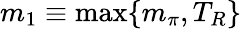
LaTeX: m_{1}\equiv\operatorname*{max}\{ m_{\pi},T_{R}\}